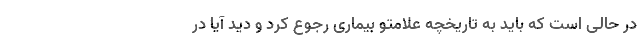
در حالی است که باید به تاریخچه علامتو بیماری رجوع کرد و دید آیا در